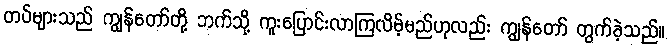
တပ်များသည် ကျွန်တော်တို့ ဘက်သို့ ကူးပြောင်းလာကြလိမ့်မည်ဟုလည်း ကျွန်တော် တွက်ခဲ့သည်။